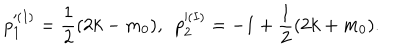
p _ { 1 } ^ { ( I ) } = \frac { 1 } { 2 } ( 2 k - m _ { 0 } ) , ~ ~ p _ { 2 } ^ { ( I ) } = - 1 + \frac { 1 } { 2 } ( 2 k + m _ { 0 } ) .